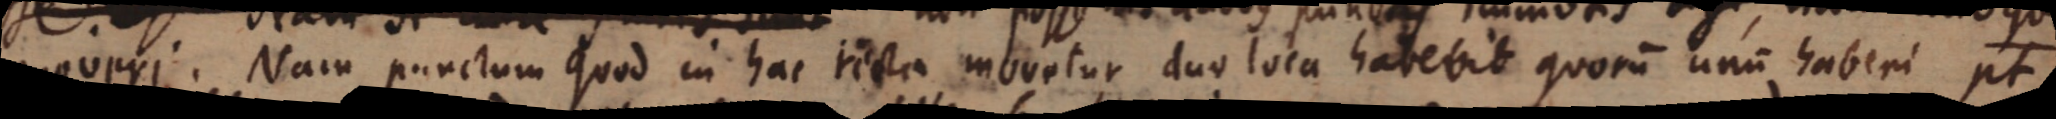
moveri. Nam punctum quod in hac recta movetur duo loca habebit quorum unum haberi pt